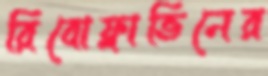
রিবোফ্লাভিনের